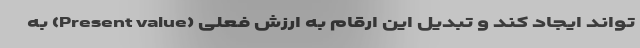
تواند ایجاد کند و تبدیل این ارقام به ارزش فعلی (Present value) به